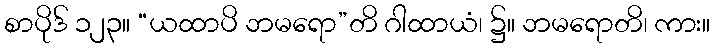
စာပိုဒ် ၁၂၃။ “ယထာပိ ဘမရော”တိ ဂါထာယံ၊ ၌။ ဘမရောတိ၊ ကား။